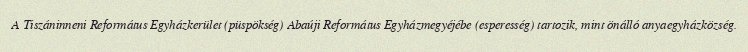
A Tiszáninneni Református Egyházkerület (püspökség) Abaúji Református Egyházmegyéjébe (esperesség) tartozik, mint önálló anyaegyházközség.